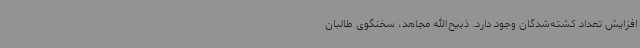
افزایش تعداد کشته‌شدگان وجود دارد. ذبیح‌الله مجاهد، سخنگوی طالبان